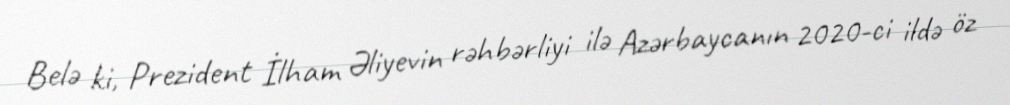
Belə ki, Prezident İlham Əliyevin rəhbərliyi ilə Azərbaycanın 2020-ci ildə öz